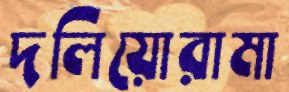
দলিয়োরামা